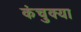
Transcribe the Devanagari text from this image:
कंचुक्या